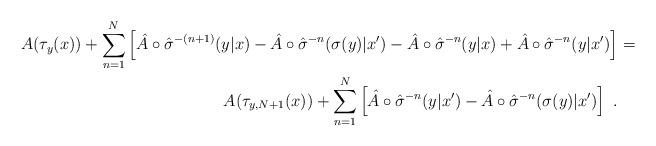
LaTeX: \begin{align*}A(\tau_y(x)) + \sum_{n=1}^N \left[ \hat{A} \circ \hat{\sigma}^{-(n+1)}(y|x) - \hat{A} \circ \hat{\sigma}^{-n}(\sigma(y)|x') - \hat{A} \circ \hat{\sigma}^{-n}(y|x) + \hat{A} \circ \hat{\sigma}^{-n}(y|x') \right] &= \\A(\tau_{y,N+1}(x)) + \sum_{n=1}^N \left[ \hat{A} \circ \hat{\sigma}^{-n}(y|x') - \hat{A} \circ \hat{\sigma}^{-n}(\sigma(y)|x') \right] \ .\end{align*}